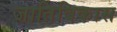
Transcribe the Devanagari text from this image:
जातिविकास